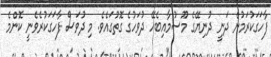
ފާހަގަކުރަމުން ދަނީ ދުނިޔޭގެ މޫސުމާއިބެހޭ ދުވަހުގެ ގޮތުގައެވެ. މި ދުވަސް ފާހަގަކުރެވެނީ ކޮންމެ